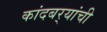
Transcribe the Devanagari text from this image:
कांदबर्‍यांची